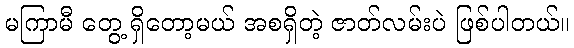
မကြာမီ တွေ့ ရှိတော့မယ် အစရှိတဲ့ ဇာတ်လမ်းပဲ ဖြစ်ပါတယ်။